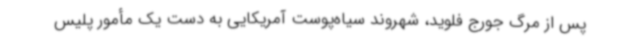
پس از مرگ جورج فلوید،‌ شهروند سیاه‌پوست آمریکایی به دست یک مأمور پلیس